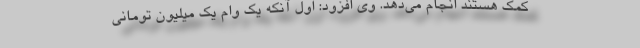
کمک هستند انجام می‌دهد. وی افزود: اول آنکه یک وام یک میلیون تومانی